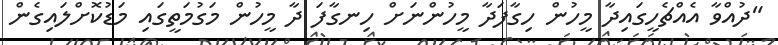
"ދުއްވާ އެއްޗެހީގައިދާ މީހުން ހިގާފަދާ މީހުންނަށް ހިނގާފަ ދާ މީހުން މަގުމަތީގައި މަޑުކޮށްލައިގެން